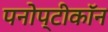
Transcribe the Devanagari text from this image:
पनोप्टीकॉन